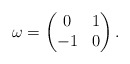
\begin{align*} \omega = \begin{pmatrix} 0 & 1 \\ -1 & 0 \end{pmatrix}. \end{align*}